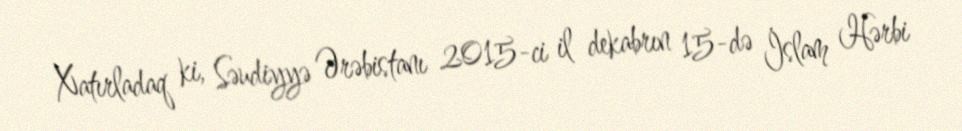
Xatırladaq ki, Səudiyyə Ərəbistanı 2015-ci il dekabrın 15-də İslam Hərbi